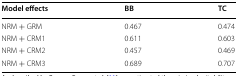
<table><thead><tr><td><b>Model effects</b></td><td><b>BB</b></td><td><b>TC</b></td></tr></thead><tbody><tr><td>NRM + GRM</td><td>0.467</td><td>0.474</td></tr><tr><td>NRM + CRM1</td><td>0.611</td><td>0.603</td></tr><tr><td>NRM + CRM2</td><td>0.457</td><td>0.469</td></tr><tr><td>NRM + CRM3</td><td>0.689</td><td>0.707</td></tr></tbody></table>